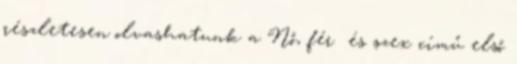
részletesen olvashatunk a Nő, férﬁ és szex című első